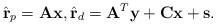
LaTeX: \begin{align*}\hat{\mathbf{r}}_p=\mathbf{A}\mathbf{x},\hat{\mathbf{r}}_d=\mathbf{A}^{T}\mathbf{y}+\mathbf{C} \mathbf{x} + \mathbf{s}.\end{align*}